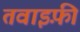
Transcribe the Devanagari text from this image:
तवाइफ़ी